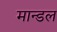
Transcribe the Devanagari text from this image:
मान्डल